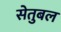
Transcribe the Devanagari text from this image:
सेतुबल